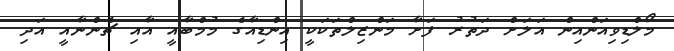
މޯލްޑިވިއަންއިން އަލަށް ދަތުރު ފަށާ މަންޒިލްތަކަކީ އިންޑިއާގެ މުމްބާއީ އާއި ޗެންނާއީ އަދި